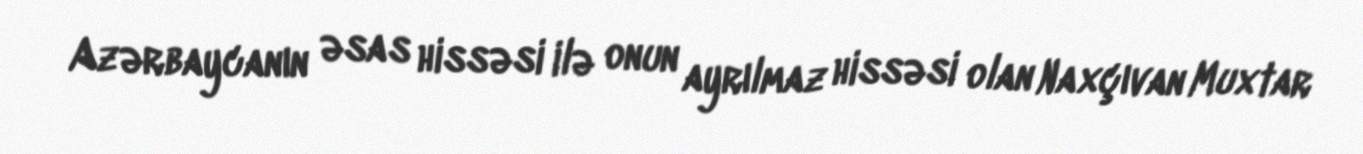
Azərbaycanın əsas hissəsi ilə onun ayrılmaz hissəsi olan Naxçıvan Muxtar